Report on plague and inoculation in the Punjab from October 1st ... to September 30th..., being the ... season of plague in the province
Disease focus: Plague
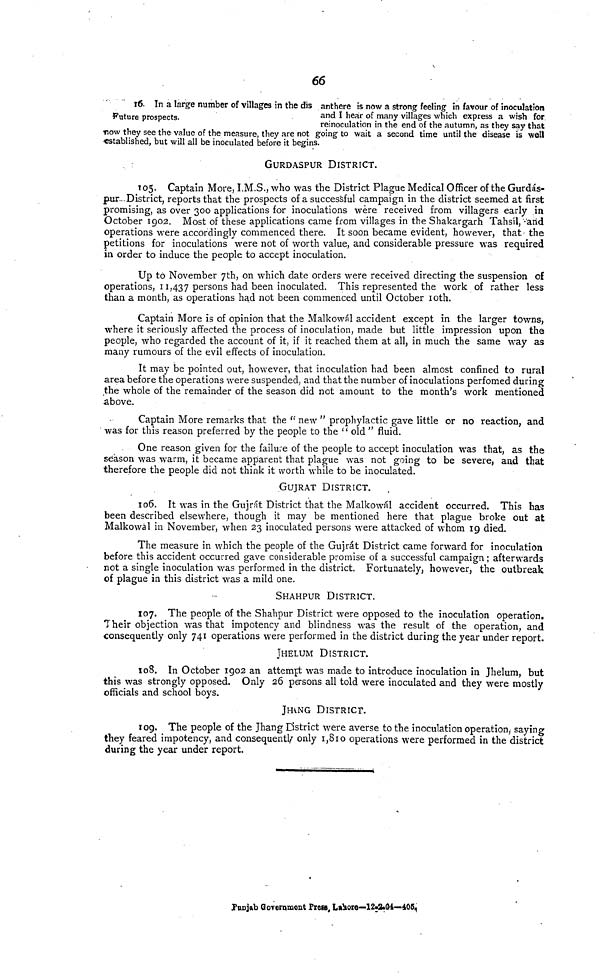
66
Future prospects.
î6. In a large number of villages in the dis anthere is now a strong feeling in favour of inoculation
and I hear of many villages which express a wish for
reinoculation in the end of the autumn, as they say that
now they see the value of the measure, they are not going to wait a second time until the disease is well
established, but will all be inoculated before it begins.
GURDASPUR DISTRICT.
105. Captain More, I.M.S., who was the District Plague Medical Officer of the Gurdas-
pur-District, reports that the prospects of a successful campaign in the district seemed at first
promising, as over 300 applications for inoculations were received from villagers early in
October 1902. Most of these applications came from villages in the Shakargarh Tahsil,-arid
operations were accordingly commenced there. It soon became evident, however, that the
petitions for inoculations were not of worth value, and considerable pressure was required
in order to induce the people to accept inoculation.
Up to November 7th, on which date orders were received directing the suspension of
operations, 11,437 persons had been inoculated. This represented the work of rather less
than a month, as operations had not been commenced until October 10th.
Captain More is of opinion that the Malkowal accident except in the larger towns,
where it seriously affected the process of inoculation, made but little impression upon the
people, who regarded the account of it, if it reached them at all, in much the same way as
many rumours of the evil effects of inoculation.
It may be pointed out, however, that inoculation had been almost confined to rural
area before the operations were suspended, and that the number of inoculations perfomed during
the whole of the remainder of the season did not amount to the month's work mentioned
above.
Captain More remarks that the " new " prophylactic gave little or no reaction, and
was for this reason preferred by the people to the " old " fluid.
One reason given for the failure of the people to accept inoculation was that, as the
season was warm, it became apparent that plague was not going to be severe, and that
therefore the people did not think it worth while to be inoculated.
GUJRAT DISTRICT.
106. It was in the Gujrat District that the Malkowal accident occurred. This has
been described elsewhere, though it may be mentioned here that plague broke out at
Malkowal in November, when 23 inoculated persons were attacked of whom 19 died.
The measure in which the people of the Gujrat District came forward for inoculation
before this accident occurred gave considerable promise of a successful campaign ; afterwards
not a single inoculation was performed in the district. Fortunately, however, the outbreak
of plague in this district was a mild one.
SHAHPUR DISTRICT.
107. The people of the Shahpur District were opposed to the inoculation operation.
Their objection was that impotency and blindness was the result of the operation, and
consequently only 741 operations were performed in the district during the year under report.
JHELUM DISTRICT.
108. In October 1902 an attempt was made to introduce inoculation in Jhelum, but
this was strongly opposed. Only 26 persons all told were inoculated and they were mostly
officials and school boys.
JHANG DISTRICT.
109. The people of the Jhang Dstrict were averse to the inoculation operation, saying
they feared impotency, and consequently only 1,810 operations were performed in the district
during the year under report.
Punjab Government Frees, Lahore—12-2-04—405,